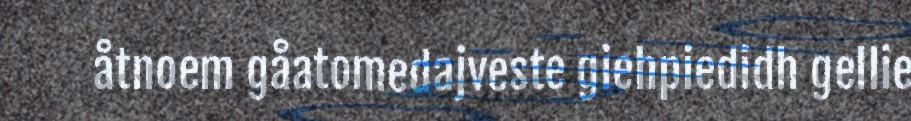
åtnoem gåatomedajveste giehpiedidh gellie